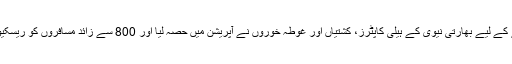
سیلاب میں پھنسی ٹرین سے مسافروں کو نکالنے کے لیے بھارتی نیوی کے ہیلی کاپٹرز، کشتیاں اور غوطہ خوروں نے آپریشن میں حصہ لیا اور 800 سے زائد مسافروں کو ریسکیو کیا گیا جن میں نو حاملہ خواتین بھی شامل تھیں۔